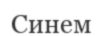
Синем